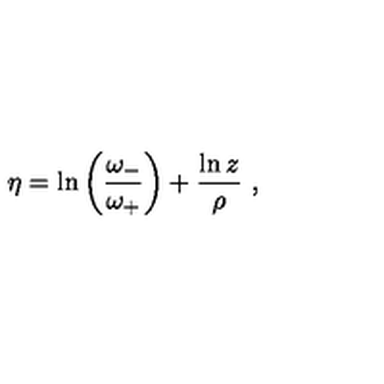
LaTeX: \eta = \ln \left( \frac { \omega _ { - } } { \omega _ { + } } \right) + \frac { \ln z } { \rho } \ ,